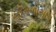
ચીતળોસાપ